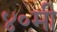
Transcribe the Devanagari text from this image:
४०मी